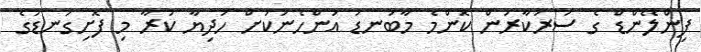
ފިންލޭންޑް ގެ ސަރުކާރުން ކޮންމެ މާބަނޑު އަންހެނަކަށް ހަދިޔާ ކުރާ މި ފޮށިގަނޑުގެ